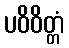
ပဝိဝိတ္တံ